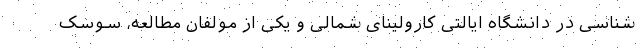
شناسی در دانشگاه ایالتی کارولینای شمالی و یکی از مولفان مطالعه، سوسک